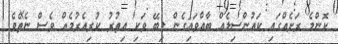
ކޮންމެ ރަށެއްގައި ކައުންސިލެއް ބާއްވައިގެން ލިބޭ ވަކި އިތުރު ކުރިއެރުމެއް ވެސް ނެތެވެ.